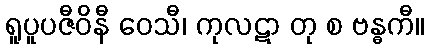
ရူပူပဇီဝိနီ ဝေသီ၊ ကုလဋာ တု စ ဗန္ဓကီ။